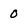
Character: 0